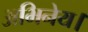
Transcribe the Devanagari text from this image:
अभिनेय।